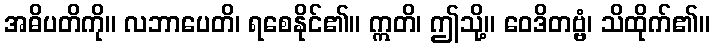
အဓိပတိကို။ လဘာပေတိ၊ ရစေနိုင်၏။ ဣတိ၊ ဤသို့။ ဝေဒိတဗ္ဗံ၊ သိထိုက်၏။